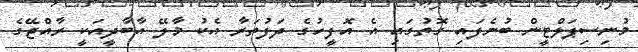
މުނިސިޕަލްޓީން ބުނެފައި ގޮތުގައި އެ އޮފީހުގެ ދަފުތަރާ އެކު މާލޭ އާބާދީއަކީ ރާއްޖޭގެ